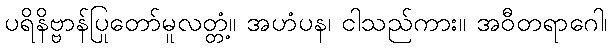
ပရိနိဗ္ဗာန်ပြုတော်မူလတ္တံ့။ အဟံပန၊ ငါသည်ကား။ အဝီတရာဂေါ၊